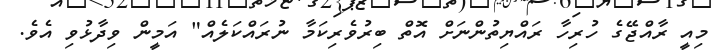
މިއީ ރާއްޖޭގެ ހުރިހާ ރައްޔިތުންނަށް އޮތް ބިރުވެރިކަމާ ނުރައްކަލެއް" އަމީން ވިދާޅުވި އެވެ.